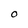
Character: O